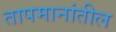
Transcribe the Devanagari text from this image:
तापमानांतील